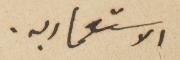
الاستعماريه.